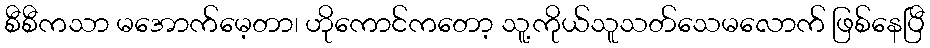
စီစီကသာ မအောက်မေ့တာ၊ ဟိုကောင်ကတော့ သူ့ကိုယ်သူသတ်သေမလောက် ဖြစ်နေပြီ